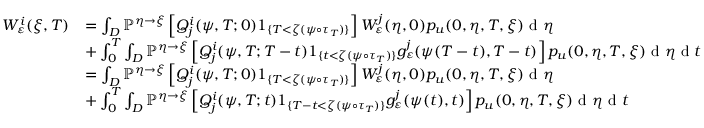
\begin{array} { r l } { W _ { \varepsilon } ^ { i } ( \xi , T ) } & { = \int _ { D } \mathbb { P } ^ { \eta \rightarrow \xi } \left[ Q _ { j } ^ { i } ( \psi , T ; 0 ) 1 _ { \{ T < \zeta ( \psi \circ \tau _ { T } ) \} } \right] W _ { \varepsilon } ^ { j } ( \eta , 0 ) p _ { u } ( 0 , \eta , T , \xi ) \textrm { d } \eta } \\ & { + \int _ { 0 } ^ { T } \int _ { D } \mathbb { P } ^ { \eta \rightarrow \xi } \left[ Q _ { j } ^ { i } ( \psi , T ; T - t ) 1 _ { \{ t < \zeta ( \psi \circ \tau _ { T } ) \} } g _ { \varepsilon } ^ { j } ( \psi ( T - t ) , T - t ) \right] p _ { u } ( 0 , \eta , T , \xi ) \textrm { d } \eta \textrm { d } t } \\ & { = \int _ { D } \mathbb { P } ^ { \eta \rightarrow \xi } \left[ Q _ { j } ^ { i } ( \psi , T ; 0 ) 1 _ { \{ T < \zeta ( \psi \circ \tau _ { T } ) \} } \right] W _ { \varepsilon } ^ { j } ( \eta , 0 ) p _ { u } ( 0 , \eta , T , \xi ) \textrm { d } \eta } \\ & { + \int _ { 0 } ^ { T } \int _ { D } \mathbb { P } ^ { \eta \rightarrow \xi } \left[ Q _ { j } ^ { i } ( \psi , T ; t ) 1 _ { \{ T - t < \zeta ( \psi \circ \tau _ { T } ) \} } g _ { \varepsilon } ^ { j } ( \psi ( t ) , t ) \right] p _ { u } ( 0 , \eta , T , \xi ) \textrm { d } \eta \textrm { d } t } \end{array}